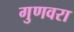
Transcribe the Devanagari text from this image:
गुणवरा